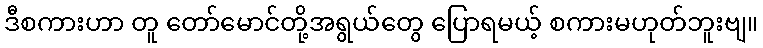
ဒီစကားဟာ တူ တော်မောင်တို့အရွယ်တွေ ပြောရမယ့် စကားမဟုတ်ဘူးဗျ။